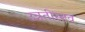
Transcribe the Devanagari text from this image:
उन्नतीस्तव